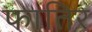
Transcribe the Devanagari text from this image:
फातिर